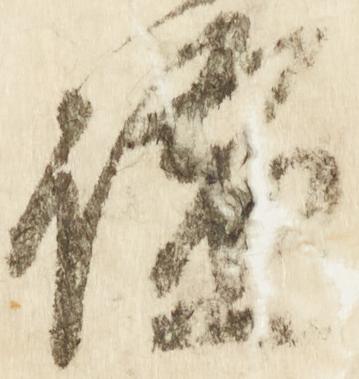
謐